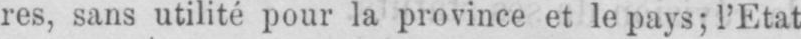
res, sans utilité pour la province et le pays (l’Etat